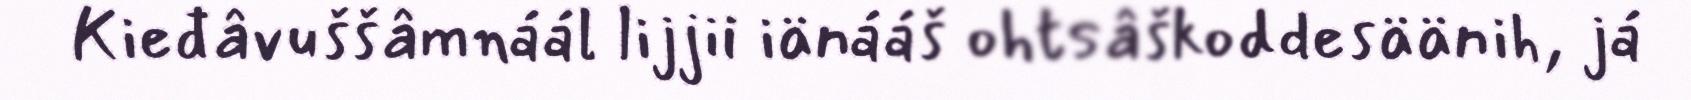
Kieđâvuššâmnáál lijjii iänááš ohtsâškoddesäänih, já